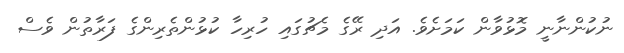
ނުކުންނާނީ މޮޅުވާން ކަމަށެވެ. އަދި ރޭގެ މެޗުގައި ހުރިހާ ކުޅުންތެރިންގެ ފަރާތުން ވެސް